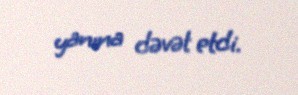
yanına dəvət etdi.